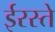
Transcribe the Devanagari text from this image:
ईरस्ते